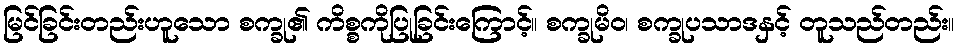
မြင်ခြင်းတည်းဟူသော စက္ခု၏ ကိစ္စကိုပြုခြင်းကြောင့်။ စက္ခုမိဝ၊ စက္ခုပသာဒနှင့် တူသည်တည်း။